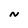
Character: n